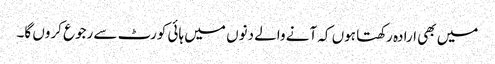
میں بھی ارادہ رکھتا ہوں کہ آنے والے دنوں میں ہائی کورٹ سے رجوع کروں گا۔